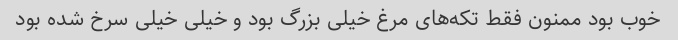
خوب بود ممنون فقط تکه‌های مرغ خیلی بزرگ بود و خیلی خیلی سرخ شده بود